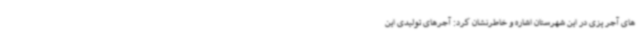
های آجر پزی در این شهرستان اشاره و خاطرنشان کرد: آجرهای تولیدی این